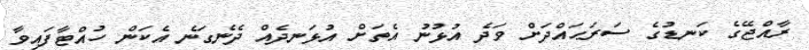
ރާއްޖޭގެ ކަނޑުގެ ސަރަޙައްދަށް ވަދެ އުޅުނު އެތަށް އުޅަނދެއް ދެނެގަނެ އެކަން ހުއްޓާފައިވާ